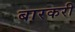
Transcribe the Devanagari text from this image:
बारकरी